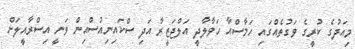
މިއަދުގެ ކުރީގެ ވަގުތެއްގައި ހަމާސްއާ ހަވާލާދީ އަލްޖަޒީރާ އަދި ސްކައިނިއުސްއިން ވަނީ އިސްރާއީލަށް